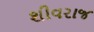
શીવરાજ